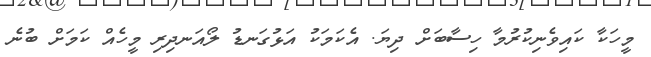
މީހަކާ ކައިވެނިކުރުމާ ހިސާބަށް ދިޔަ. އެކަމަކު އަޅުގަނޑު ލޯއަނދިރި މީހެއް ކަމަށް ބުނެ